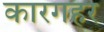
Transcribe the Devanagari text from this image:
कारगहर